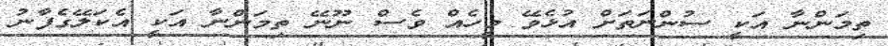
ތިމަންނާ އަކީ ސުންނަތަށް އުޅެވޭ މީހެއް ވެސް ނޫނޭ ތިމަންނާ އަކީ އެކަލޭގެފާނު